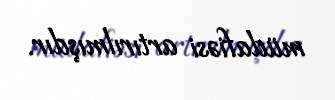
müdafiəsi artırılmışdır.